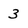
Character: 3